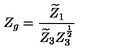
Z _ { g } = \frac { \widetilde { Z } _ { 1 } } { \widetilde { Z } _ { 3 } Z _ { 3 } ^ { \frac 1 2 } }